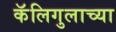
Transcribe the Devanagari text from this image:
कॅलिगुलाच्या